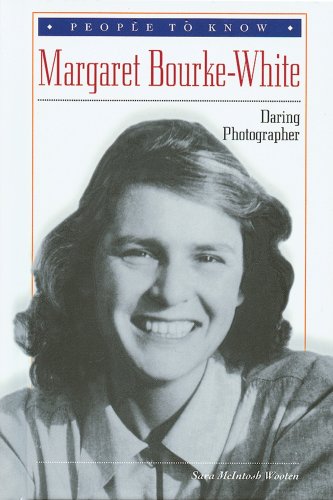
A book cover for Margaret Bourke-White: Daring Photographer (People to Know); Sara McIntosh Wooten; Teen & Young Adult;